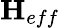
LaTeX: {\mathbf{{H}}}_{{eff}}